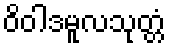
ဝိဝါဒမူလသုတ္တံ